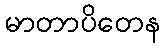
မာတာပိတေန